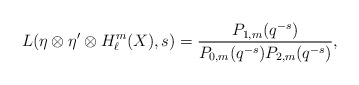
\begin{align*}L(\eta \otimes\eta'\otimes H_\ell^m(X),s)=\frac{P_{1,m}(q^{-s})}{P_{0,m}(q^{-s})P_{2,m}(q^{-s})},\end{align*}